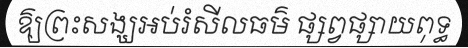
ឱ្យព្រះសង្ឃអប់រំសីលធម៌ ផ្សព្វផ្សាយពុទ្ធ